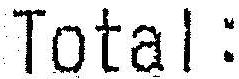
TOTAL: